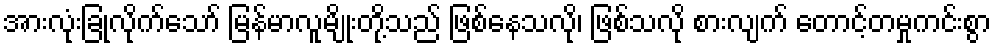
အားလုံးခြုံလိုက်သော် မြန်မာလူမျိုးတို့သည် ဖြစ်နေသလို၊ ဖြစ်သလို စားလျက် တောင့်တမှုကင်းစွာ